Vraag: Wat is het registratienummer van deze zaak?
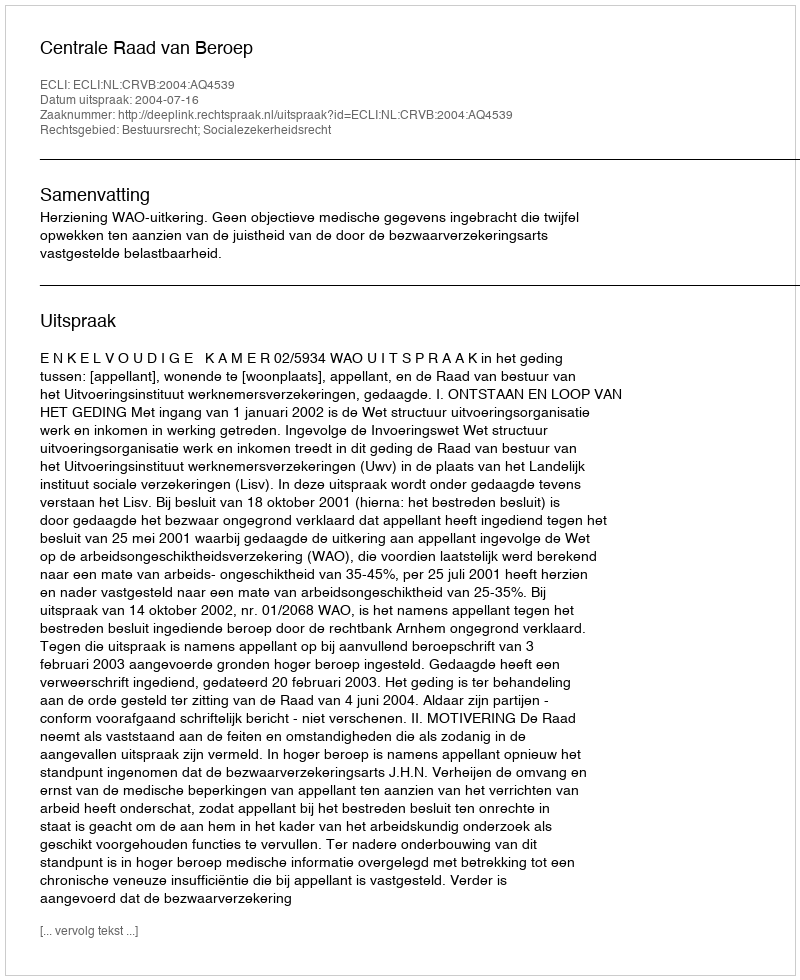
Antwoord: http://deeplink.rechtspraak.nl/uitspraak?id=ECLI:NL:CRVB:2004:AQ4539